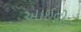
આઈવોર